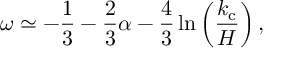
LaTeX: \omega \simeq - \frac { 1 } { 3 } - \frac { 2 } { 3 } \alpha - \frac { 4 } { 3 } \ln \left( \frac { k _ { \mathrm { c } } } { H } \right) ,